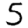
Digit: 5